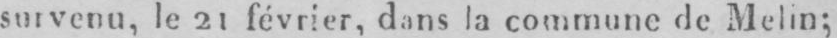
survenu, le 21 février, dans la commune de Melin;